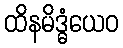
ထိနမိဒ္ဓံယေဝ